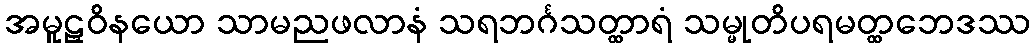
အမူဠှဝိနယော သာမညဖလာနံ သရဘင်္ဂသတ္ထာရံ သမ္မုတိပရမတ္ထဘေဒဿ